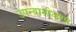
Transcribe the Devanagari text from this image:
उपन्‍यासीकरण